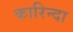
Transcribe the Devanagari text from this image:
कारिन्दा